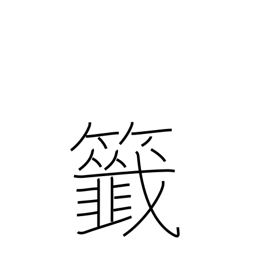
Meaning: raffle